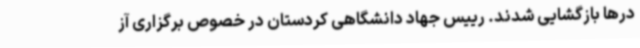
درها بازگشایی شدند. رییس جهاد دانشگاهی کردستان در خصوص برگزاری آز